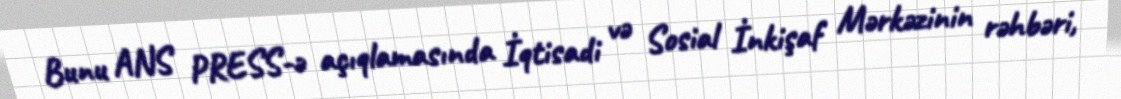
Bunu ANS PRESS-ə açıqlamasında İqtisadi və Sosial İnkişaf Mərkəzinin rəhbəri,